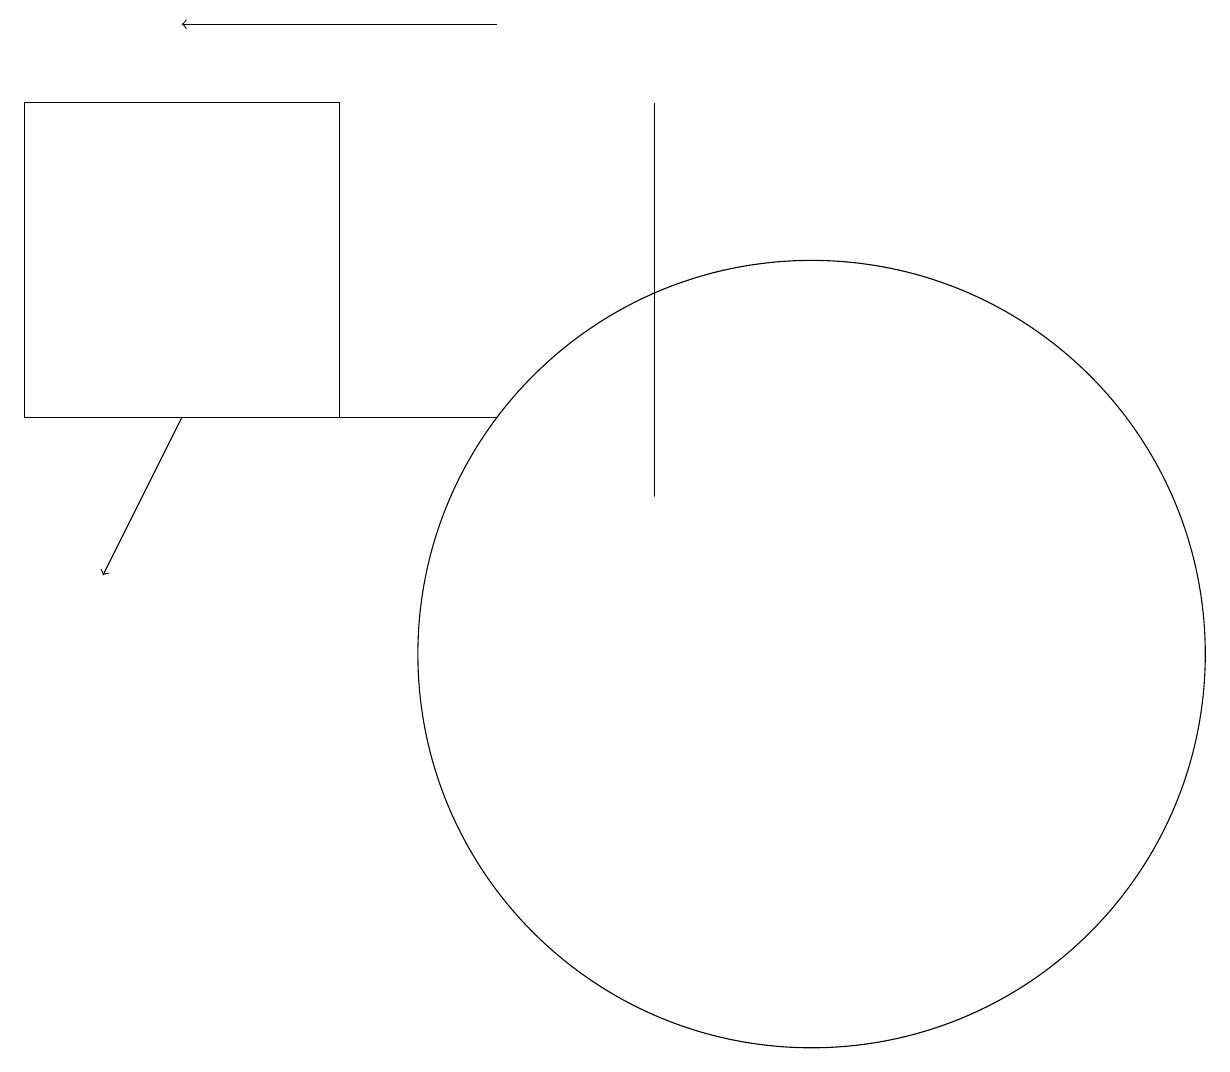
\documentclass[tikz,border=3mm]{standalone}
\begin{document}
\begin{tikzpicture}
\draw[->] (6,19) -- (2,19);
\draw (10,11) circle (5);
\draw (0,14) rectangle (4,18);
\draw (8,13) rectangle (8,18);
\draw (11,10) circle (0);
\draw[->] (2,14) -- (1,12);
\draw (6,14) rectangle (2,14);
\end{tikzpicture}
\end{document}